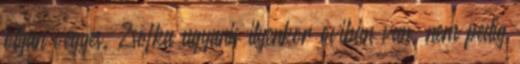
olyan vegyes. Zsofka ugyanis ilyenkor oviban van, nem pedig